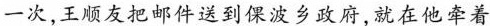
一次，王顺友把邮件送到倮波乡政府，就在他牵着